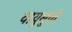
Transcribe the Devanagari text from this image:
वायुमुळे